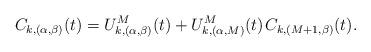
LaTeX: \begin{align*}C_{k,(\alpha,\beta)}(t) = U^M_{k,(\alpha,\beta)}(t) + U^M_{k,(\alpha,M)}(t) \kern+1pt C_{k,(M+1,\beta)}(t).\end{align*}